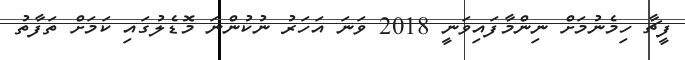
ފީޗާ ހިމެނުމަށް ނިންމާފައިވަނީ 2018 ވަނަ އަހަރު ނުކުންނަ މޮޑެލުގައި ކަމަށް ތަފާތު